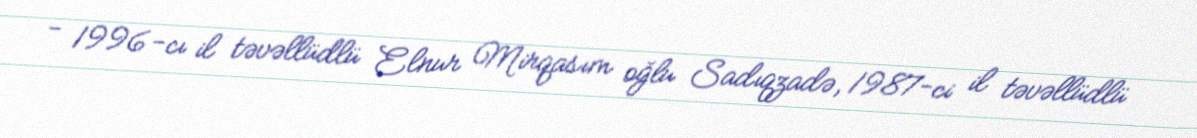
- 1996-cı il təvəllüdlü Elnur Mirqasım oğlu Sadıqzadə, 1987-ci il təvəllüdlü